Lunatic asylums Madras 1892-1911 - 1892-1911
Year: 1892
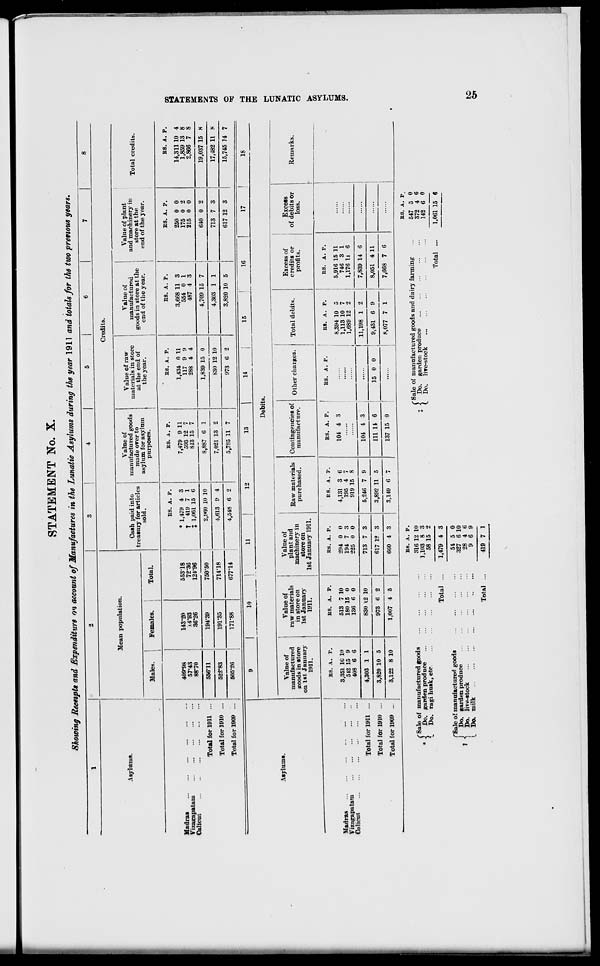
STATEMENT No. X.
Showing Receipts and Expenditure on account of Manufactures in the Lunatic Asylums during the year 1911 and totals for the two previous years.
1
I
4
5
6
7
8
1
Credits.
Asylums.
Mean population.
Cash paid into
treasury for articles
sold.
Value of
manufactured goods
made over to
asylum for asylum
purposes.
Value of raw
materials in store
at the end of
the year.
i
Value of
manufactured
goods in store at the
end of the year.
Value of plant
and machinery in
TV.«..I *~~AU
store at the
Total credUs.
end of the year.
1
Males.
,
Females.
Total.
I
i
Madras
Vizagapatani
Calicui
409*98
57*43
88*70
143*20
.1.4-93
36'26
55318
72*36
124-96
RS. A. P.
* 1,479 4 3
t 419 7 1
% 1,061 15 6
ES. A. P.
7,479 9 11
593 12 7
813 15 7
ES. A. P.
1,434 0 11
117 9 9
288 4 4
ES. A. P.
3,668 11 3
554 0 1
487 4 3
ES. A. P.
250 0 0
175 0 2
215 0 0
RS. A. P.
14,311 10 4
1,859 13 8
2,866 7 S
Total for 1911 ...
556-11
194*39
750*50
2,i«S0 10 10
8,887 6 1
1,839 15 0
4,709 15 7
610 0 2
19,037 15 H
Total for 1910 ...
522*83
191-35
71V18
4,613 9 4
7,021 13 2
830 12 10
4,303 11
713 7 3
17,482 11 8
Total for 1909 ...
505*26
171*88
677-14
4,548 6 2
5,785 11 7
973 6 2
3,820 10 5
617 12 3
15,745 J4 7
( Sale of manufactured goods
* < Do. garden produce
{. Do. ragi husk, etc.
fSale o! manufactured goods
t ! Do. garden produce
' 1 Do. live-stock
I Do. milk
RS. A. p.
316 12 10
1,103 8 3
58 15 2
Total
TotAl
1,479 4 3
51
327
28
9
5 0
6 10
4 6
6 9
419 7 1
r Sale of manufactured goods and dairy farming
X < Do. garden produce
C Do. live-stock
Total
RS. A. P.
547 5 0
372 4 6
142 6 0
1,061 15 6
Asylums.
9
10
11
12
i
13
14
1
15
16
17
!
18
Debits.
Value of
manufactured
sroods in store
on 1st January
1911.
Value of
raw materials
in store on
1st January
1911.
Value of
plant and
machinery in
store on
1st January 1911.
Raw materials
purchased.
Contingencies of
manufacture.
Other charges. j Total debits.
1
Excess of
credits or
profits.
Excess
of debits or
loss.
Remarks.
Madras
Vizagapatani
Calicut
Total for 1911 ...
Total for 1910 ...
Total for 1909 ...
ES. A. P.
3,35). 10 10
512 15 9
408 6 6
ES. A. P.
513 7 10
180 15 0
136 6 0
RS. A. P.
294 0 0
194 7 3
225 0 0
EB. A. P.
4,131 3 6
195 4 7
919 15 8
RS. A. P.
R8. A. P.
104 4 3
ES. A. P.
8.394 10 5
1,113 10 7
1,689 12 2
ES. A. P.
5,916 15 11
746 3 1
1,176 U 6
4,303 1 1
830 12 10
713 7 3
5,246 7 9
104 4 3
11,198 1 2
7,839 14 6
3,820 10 5
973 6 2
617 1? 3
3,892 11 5
Ill 11 6
15 0 0
9,431 6 9
8,051 4 11
3,122 8 10
1,007 4 5
660 4 3
3,149 6 7
137 15 0
8,077 7 1
7,668 7 6
s
m
B
52
H
cc
O
H
X
IS
h
6
CO
H
ej
B
cc